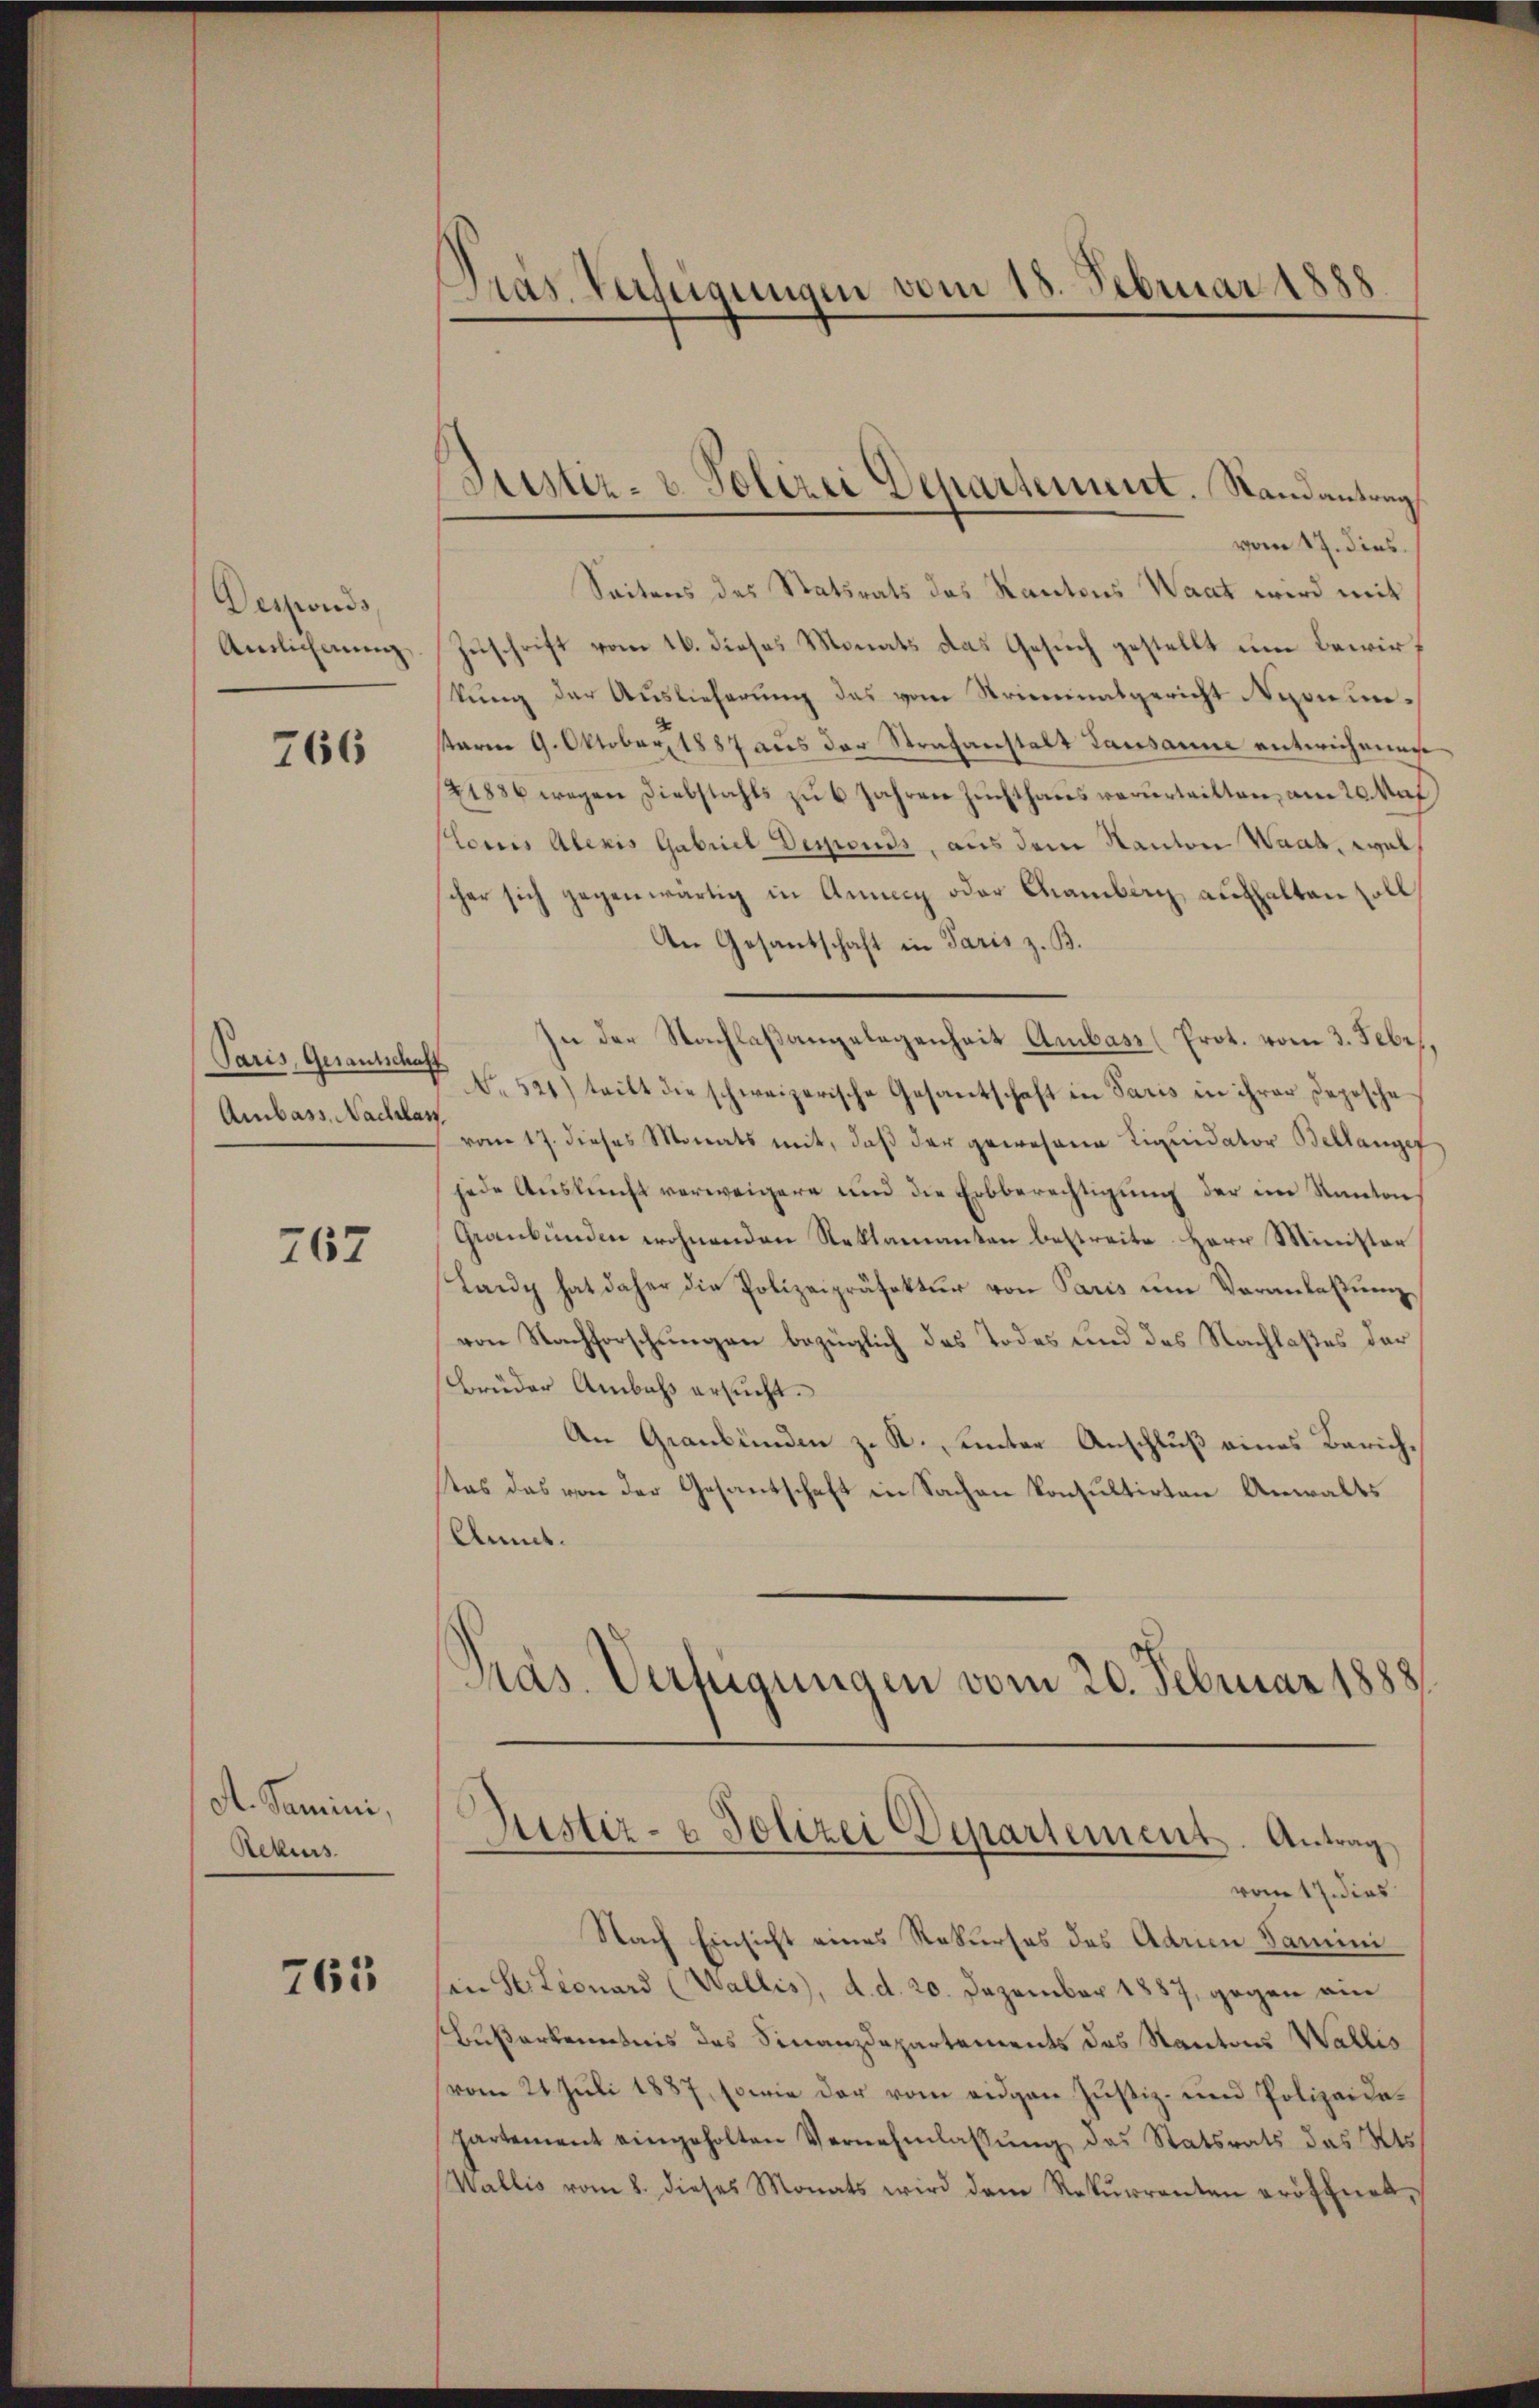
Desponds,
Anslicherung

766

Paris, Gesantschaft
Ambass, Nachlan

167

A. Samini,
Rekurs

765

Pras. Verfügungen vom 18. Februar 1888
—

Justiz- & Polizei Departement. Randantrag
vom 17. dies

Seitens des Statsrats das Kantons Waat wird mit
Zuschrift vom 16. dieses Monats das Gesuch gestellt um Bewirf
stung der Auslieferung das vom Striminalgericht Nyon untaria 9. Oktober 1887 aus der Strafanstalt Lausanne entwichenen
(21886 wegen Diebstahls zu 6 Jahren Zuchthaus verurteilten, am 20. Nat
Plonis Alexis Gabriel Desponds, aus dem Kanton Waat, wal
cher sich gegenwärtig in Annig oder Camben aufhalten soll
An Gesantschaft in Paris z. B.
In der Nachlaßangelegenheit Ambass (Prot. vom 3. Febr.
No. 521) teilt die schweizerische Gesantschaft in Paris in ihrer Depesche
vom 17. dieses Monats mit, daß der gewesene Liquidator Bellanget
jede Auskunft verweigere und die Erbberechtigŭng der im Kanton
Graubünden wohnenden Reklamanten bestreite Herr Minister
Lany hat daher die Polizeipräsektŭr von Paris ŭm Veranlaßung
von Nachforschungen bezüglich das Todes und des Nachlaßes der
Brüder Ambass ersucht.
An Graubünden z. R., unter Anschluß eines Zürichtas das von der Gesantschaft in Sachen konsultirten Anwalts
Anmt.

Pras. Verfügungen vom 20. Februar 1888

Justiz- & Polizei Departement. Antrag
vom 17. dies

Nach Einsicht eines Rekurses des Adrien Samini
sen Stitionard (Wallis, d. d. 20. Dezember 1887, gegen ain
Buserkenntnis des Finanzdepartements des Kantons Wallis
vom 24. Juli 1887, sowie der vom eidgen Justiz- und Polizeidapartement eingeholten Vernehmlassŭng das Statsrats das Kts.
Wallis vom 8. dieses Monats wird dem Rekŭrrenten eröffnet,